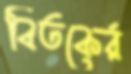
বিতকের্র